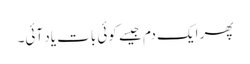
پھر ایک دم جیسے کوئی بات یاد آئی۔